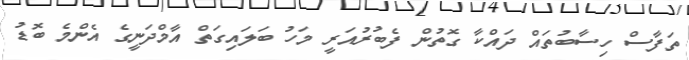
ތަފާސް ހިސާބުތައް ދައްކާ ގޮތުން ފެބުރުއަރީ މަހު ބަލައިގަތް އާމްދަނީގެ އެންމެ ބޮޑު